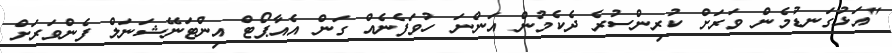
"އަޅުގަނޑުމެން ވަރަށް ކުރިންސުރެ ދެކެމުން އަންނަ ހުވަފެނެއް ގަން އެއާޕޯޓް އިންޓަނޭޝަނަލް ފެންވަރަށް